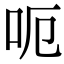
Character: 呃